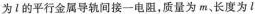
为1的平行金属导轨间接一电阻，质量为m、长度为l